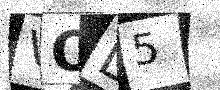
Text: VOD5